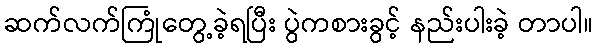
ဆက်လက်ကြုံတွေ့ခဲ့ရပြီး ပွဲကစားခွင့် နည်းပါးခဲ့ တာပါ။